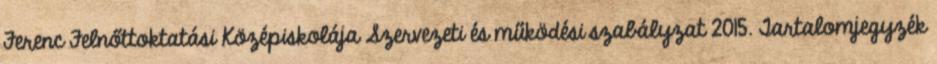
Ferenc Felnőttoktatási Középiskolája Szervezeti és működési szabályzat 2015. Tartalomjegyzék